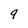
Character: 9